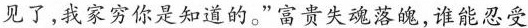
见了,我家穷你是知道的。“富贵失魂落魄,谁能忍受